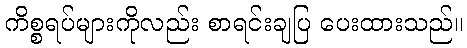
ကိစ္စရပ်များကိုလည်း စာရင်းချပြ ပေးထားသည်။